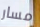
مسار